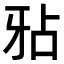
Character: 𤘇